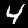
Digit: 4